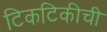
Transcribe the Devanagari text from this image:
टिकटिकीची